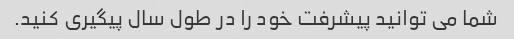
شما می توانید پیشرفت خود را در طول سال پیگیری کنید.